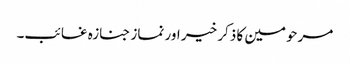
مرحومین کا ذکر خیر اور نماز جنازہ غائب۔